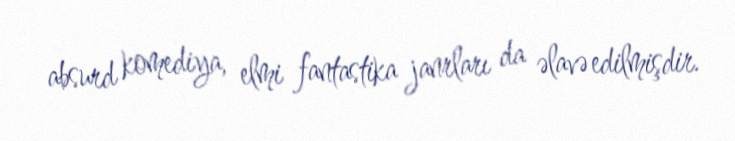
absurd komediya, elmi fantastika janrları da əlavə edilmişdir.